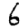
Digit: 6